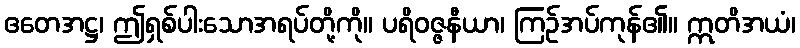
ဧတေအဋ္ဌ၊ ဤရှစ်ပါးသောအရပ်တို့ကို။ ပရိဝဇ္ဇနီယာ၊ ကြဉ်အပ်ကုန်၏။ ဣတိအယံ၊